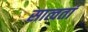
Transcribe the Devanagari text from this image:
सात्वतां